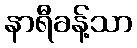
နာရီခန့်သာ